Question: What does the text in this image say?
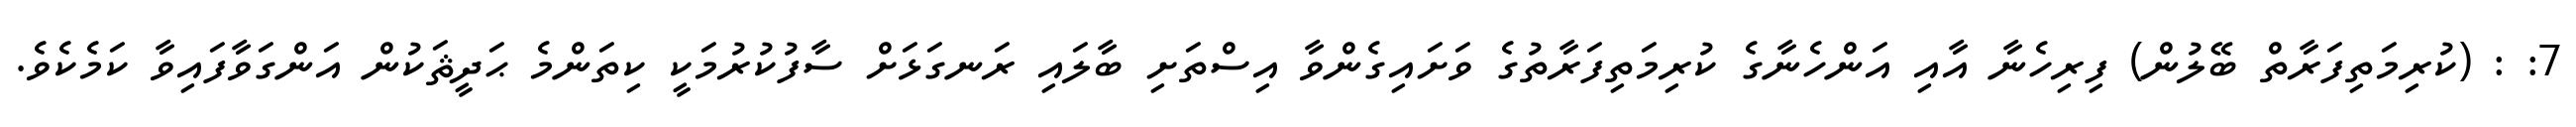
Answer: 7: : (ކުރިމަތިފަރާތް ބޭލުން) ފިރިހެނާ އާއި އަންހެނާގެ ކުރިމަތިފަރާތުގެ ވަށައިގެންވާ އިސްތަށި ބާލައި ރަނގަޅަށް ސާފުކުރުމަކީ ކިތަންމެ ޙަދީޘަކުން އަންގަވާފައިވާ ކަމެކެވެ.